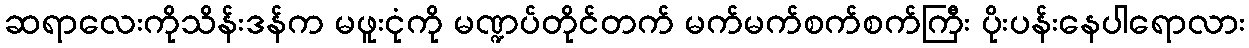
ဆရာလေးကိုသိန်းဒန်က မဖူးငုံကို မဏ္ဍပ်တိုင်တက် မက်မက်စက်စက်ကြီး ပိုးပန်းနေပါရောလား